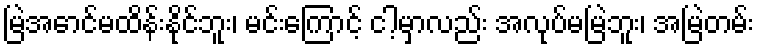
မြဲအောင်မထိန်းနိုင်ဘူး၊ မင်းကြောင့် ငါ့မှာလည်း အလုပ်မမြဲဘူး၊ အမြဲတမ်း